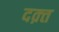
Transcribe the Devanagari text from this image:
दक़्त